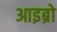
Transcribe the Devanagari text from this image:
आइब्रो